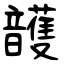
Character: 頀